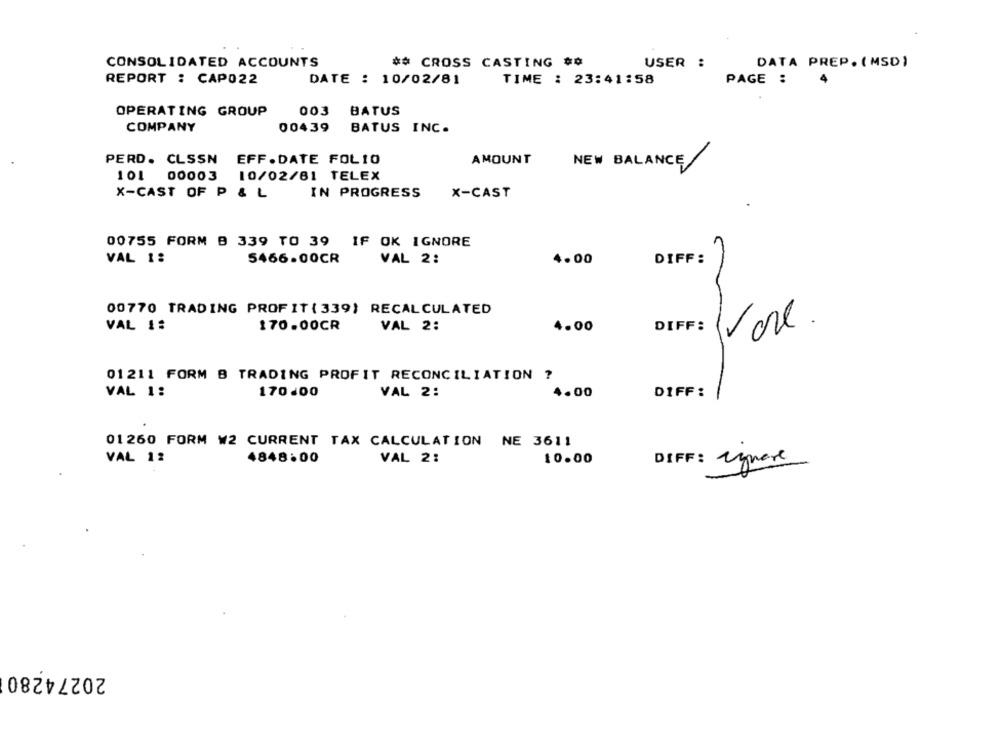
CONSOLIDATED ACCOUNTS
** CROSS CASTING ##
USER :
DATA PREP. (MSD)
REPORT : CAPO22
DATE : 10/02/81
TIME : 23:41:58
PAGE :
OPERATING GROUP
003
BATUS
00439
COMPANY
BATUS INC.
PERD. CLSSN
EFF.DATE FOL10
AMOUNT
NEW BALANCE
101 00003
10/02/81 TELEX
IN PROGRESS
X-CAST
X-CAST OF P & L
00755 FORM B 339 TO 39 IF OK IGNORE
VAL 1:
5466.00CR
VAL 2:
4.00
DIFF:
00770 TRADING PROFIT (339) RECALCULATED
VAL 1:
170.00CR
VAL 2:
4.00
DIFF:
01211 FORM B TRADING PROFIT RECONCILIATION ?
VAL 1:
170.00
VAL 2:
4.00
DIFF:
01260 FORM W2 CURRENT TAX CALCULATION NE 3611
VAL 12
4848:00
VAL 2:
10.00
DIFF: cymare
20274280